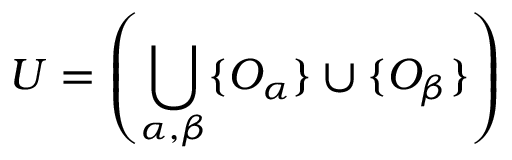
U = \left( \bigcup _ { \alpha , \beta } \{ O _ { \alpha } \} \cup \{ O _ { \beta } \} \right)